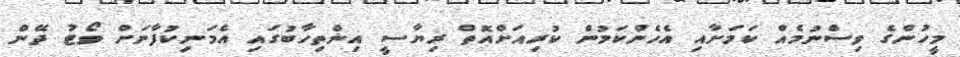
މީހުންގެ ވިސްނުމެއް ކަމަށާއި އެހެންކަމުން ކުރިއަށްއޮތް ރިޔާސީ އިންތިހާބުގައި އެމަނިކުފާނަށް ވޯޓު ދޭން